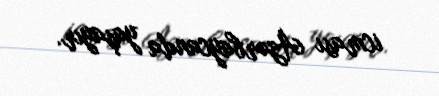
icması Azərbaycanda yaşayır.